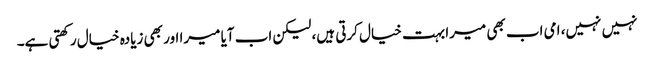
نہیں نہیں، امی اب بھی میرا بہت خیال کرتی ہیں، لیکن اب آیا میرا اور بھی زیادہ خیال رکھتی ہے۔